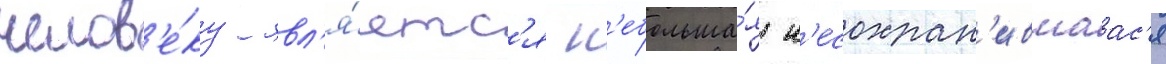
челов'е́ку явл'я́етс'я н'ебольша́я н'есохран'ившаас'я